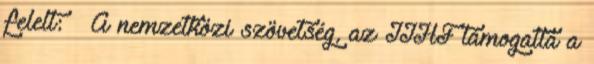
felelt: – A nemzetközi szövetség, az IIHF támogatta a